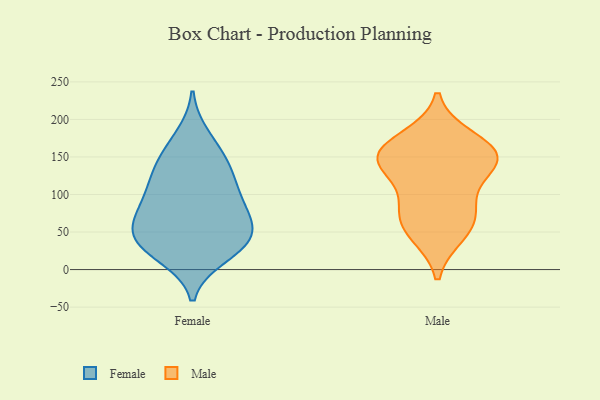
{"axis": {"x": "Humidity (%)", "y": "Value"}, "legend": ["Female", "Male"], "data": [{"x": "", "y": 55, "type": "Female"}, {"x": "", "y": 48, "type": "Female"}, {"x": "", "y": 102, "type": "Female"}, {"x": "", "y": 18, "type": "Female"}, {"x": "", "y": 126, "type": "Female"}, {"x": "", "y": 178, "type": "Female"}, {"x": "", "y": 24, "type": "Female"}, {"x": "", "y": 60, "type": "Female"}, {"x": "", "y": 50, "type": "Female"}, {"x": "", "y": 136, "type": "Female"}, {"x": "", "y": 93, "type": "Female"}, {"x": "", "y": 32, "type": "Female"}, {"x": "", "y": 88, "type": "Female"}, {"x": "", "y": 80, "type": "Female"}, {"x": "", "y": 135, "type": "Female"}, {"x": "", "y": 158, "type": "Female"}, {"x": "", "y": 36, "type": "Female"}, {"x": "", "y": 145, "type": "Male"}, {"x": "", "y": 152, "type": "Male"}, {"x": "", "y": 174, "type": "Male"}, {"x": "", "y": 76, "type": "Male"}, {"x": "", "y": 58, "type": "Male"}, {"x": "", "y": 137, "type": "Male"}, {"x": "", "y": 48, "type": "Male"}, {"x": "", "y": 149, "type": "Male"}, {"x": "", "y": 91, "type": "Male"}, {"x": "", "y": 155, "type": "Male"}]}